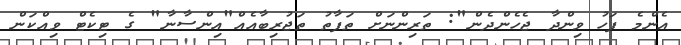
އެންމެ ފަހު ވިންދާ ޖެހެންދެން": ތަރިންނަށް ތަފާތު ތަޖުރިބާއެއް"އިންސާނާ" ގެ ޓިކެޓް ވިއްކަން